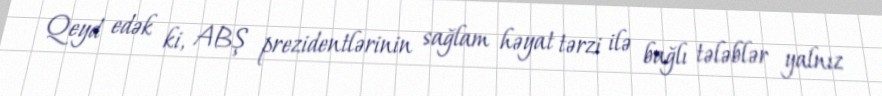
Qeyd edək ki, ABŞ prezidentlərinin sağlam həyat tərzi ilə bağlı tələblər yalnız